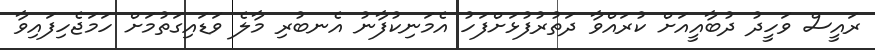
ރައީސް ވަހީދު ދުބާއީއަށް ކުރައްވާ ދަތުރުފުޅަށްފަހު އެމަނިކުފާނު އެނބުރި މާލެ ވަޑައިގަތުމަށް ހަމަޖެހިފައިވާ